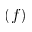
( f )